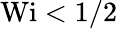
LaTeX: \textrm{Wi}<1/2